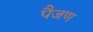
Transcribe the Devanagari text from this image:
पैजण